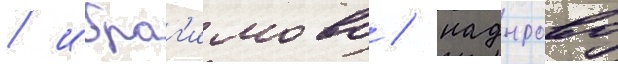
/ ибраг'имово / надырово